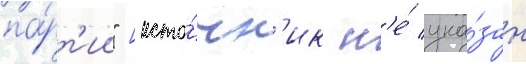
па́рт'ии" [исто́чн'ик н'е́ ука́зан